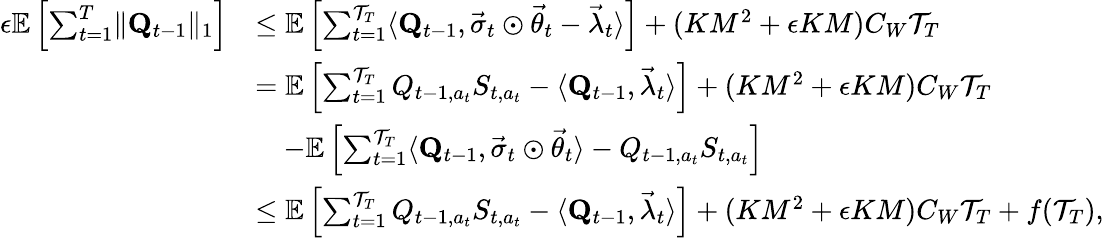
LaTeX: \begin{array}{rl}{\epsilon\mathbb E\left[\sum_{t=1}^{T}\lVert\mathbf Q_{t-1}\rVert_{1}\right]}&{\le\mathbb E\left[\sum_{t=1}^{\mathcal T_{T}}\langle\mathbf Q_{t-1},\vec{\sigma}_{t}\odot\vec{\theta}_{t}-\vec{\lambda}_{t}\rangle\right]+(KM^{2}+\epsilon KM)C_{W}\mathcal T_{T}}\\ &{=\mathbb E\left[\sum_{t=1}^{\mathcal T_{T}}Q_{t-1,a_{t}}S_{t,a_{t}}-\langle\mathbf Q_{t-1},\vec{\lambda}_{t}\rangle\right]+(KM^{2}+\epsilon KM)C_{W}\mathcal T_{T}}\\ &{\quad-\mathbb E\left[\sum_{t=1}^{\mathcal T_{T}}\langle\mathbf Q_{t-1},\vec{\sigma}_{t}\odot\vec{\theta}_{t}\rangle-Q_{t-1,a_{t}}S_{t,a_{t}}\right]}\\ &{\le\mathbb E\left[\sum_{t=1}^{\mathcal T_{T}}Q_{t-1,a_{t}}S_{t,a_{t}}-\langle\mathbf Q_{t-1},\vec{\lambda}_{t}\rangle\right]+(KM^{2}+\epsilon KM)C_{W}\mathcal T_{T}+f(\mathcal T_{T}),}\end{array}